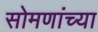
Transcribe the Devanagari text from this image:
सोमणांच्या